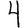
Digit: 4